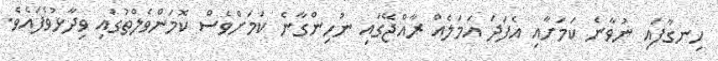
ހިނގާފައި ނުވާނެ ކަމަށާއި އެފަދަ އަމަލެއް ރާއްޖޭގައި ނުހިންގާނެ ކަމަށްވެސް ކޮމަންވެލްތުގައި ވިދާޅުވެފައެވެ.